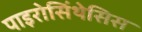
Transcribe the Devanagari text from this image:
पाइरोसिंथेसिस